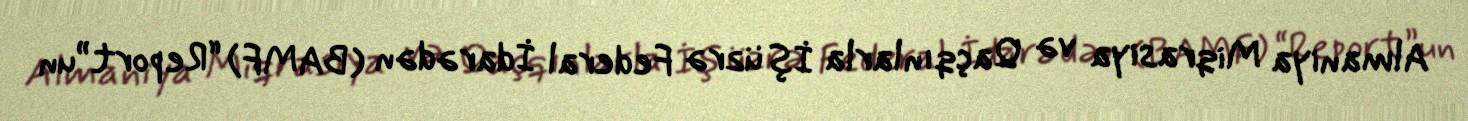
Almaniya Miqrasiya və Qaçqınlarla İş üzrə Federal İdarədən (BAMF) “Report”un